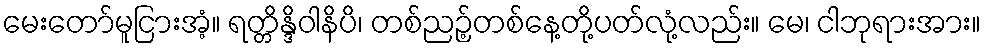
မေးတော်မူငြားအံ့။ ရတ္တိန္ဒိဝါနိပိ၊ တစ်ညဉ့်တစ်နေ့တို့ပတ်လုံ့လည်း။ မေ၊ ငါဘုရားအား။